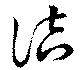
詰